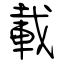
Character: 載